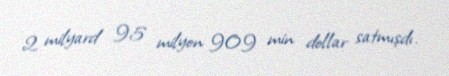
2 milyard 95 milyon 909 min dollar satmışdı.